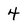
Character: 4